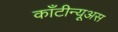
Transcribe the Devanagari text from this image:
काँटीन्यूअस